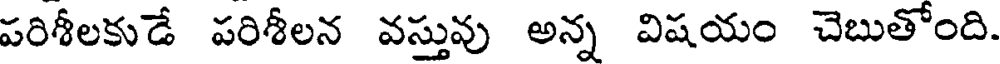
పరిశీలకుడే పరిశీలన వస్తువు అన్న విషయం చెబుతోంది.